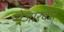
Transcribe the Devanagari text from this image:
पेजारकर